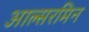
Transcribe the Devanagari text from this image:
आल्सरमिन